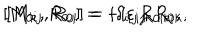
[ M _ { 0 i } , R _ { 0 j } ] = - i \varepsilon _ { i j k } R _ { 0 k } , \hspace { 1 i n } [ M _ { k j } , R _ { 0 i } ] = i \delta _ { i [ j } R _ { 0 | k ] } ,